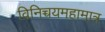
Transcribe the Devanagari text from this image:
विनिच्चयमहामात्र